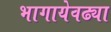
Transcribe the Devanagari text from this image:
भागायेवढ्या